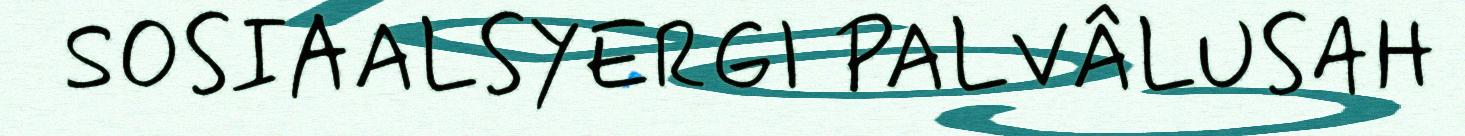
SOSIAALSYERGI PALVÂLUSAH